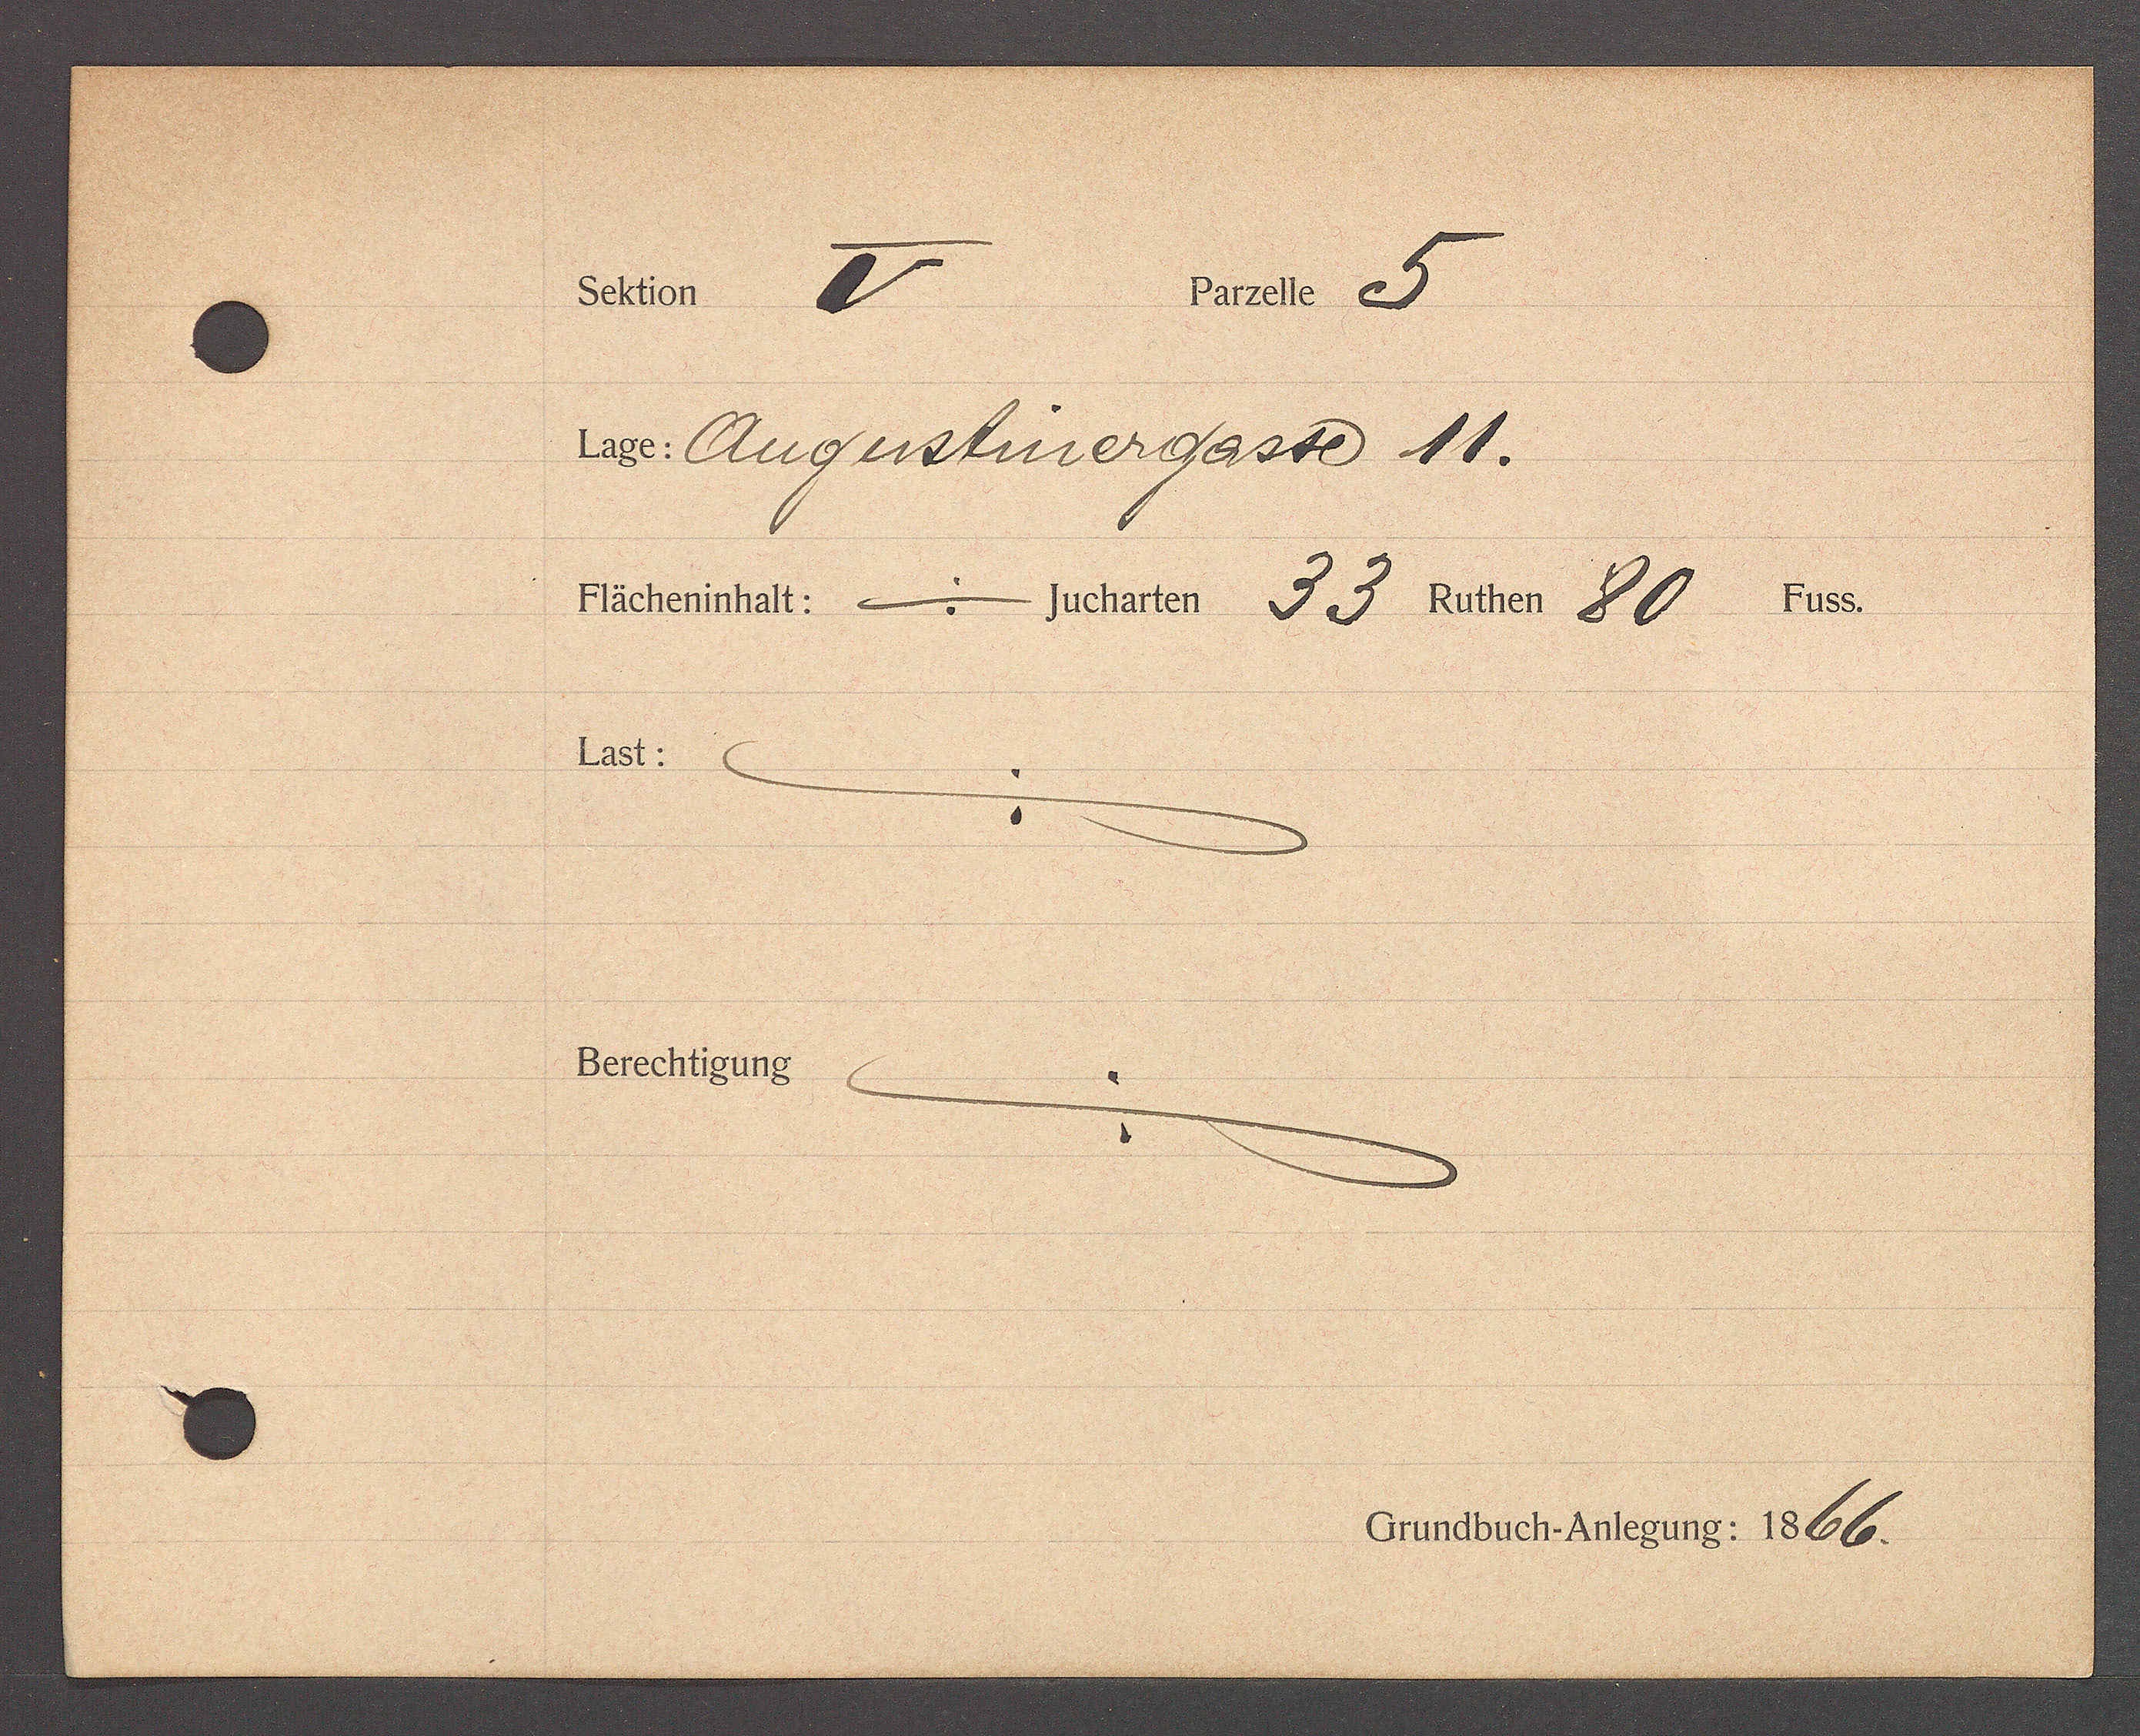
Transcript:
Bate e
Schtin.
4 Augustinergasse 11.
Fächerinhalt: - Jucharten Fi Kuther 80. 14.
ast.
Berechtigung
Ersselbent Peten: 1666.